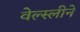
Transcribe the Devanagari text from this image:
वेल्स्लीने